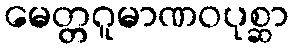
မေတ္တဂူမာဏဝပုစ္ဆာ